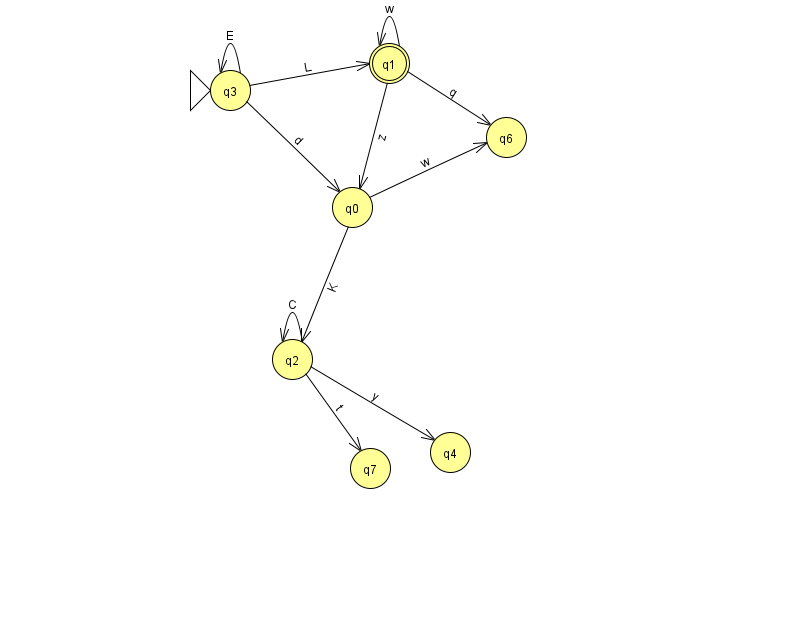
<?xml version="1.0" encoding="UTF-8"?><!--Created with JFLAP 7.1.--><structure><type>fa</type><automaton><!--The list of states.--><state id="0" name="q0"><x>352.0</x><y>194.0</y></state><state id="1" name="q1"><x>389.0</x><y>50.0</y><final/></state><state id="2" name="q2"><x>292.0</x><y>346.0</y></state><state id="3" name="q3"><x>230.0</x><y>77.0</y><initial/></state><state id="4" name="q4"><x>450.0</x><y>439.0</y></state><state id="6" name="q6"><x>506.0</x><y>124.0</y></state><state id="7" name="q7"><x>370.0</x><y>455.0</y></state><!--The list of transitions.--><transition><from>2</from><to>4</to><read>y</read></transition><transition><from>2</from><to>2</to><read>C</read></transition><transition><from>3</from><to>0</to><read>d</read></transition><transition><from>0</from><to>2</to><read>K</read></transition><transition><from>0</from><to>6</to><read>w</read></transition><transition><from>3</from><to>3</to><read>E</read></transition><transition><from>1</from><to>1</to><read>w</read></transition><transition><from>1</from><to>6</to><read>q</read></transition><transition><from>2</from><to>7</to><read>t</read></transition><transition><from>1</from><to>0</to><read>z</read></transition><transition><from>3</from><to>1</to><read>L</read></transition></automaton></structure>